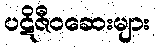
ပဋိဇီဝဆေးများ